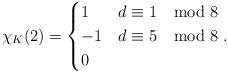
LaTeX: \begin{align*}\chi_K(2)=\begin{cases} 1 & d\equiv 1 \mod 8\\-1 & d\equiv 5 \mod 8 \\ 0 & \end{cases}. \end{align*}